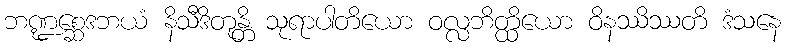
ဘဏ္ဍစ္ဆေဒဘယံ နိသီဒိတုန္တိ သုရာပါတိယော ဝလ္လဘိတ္ထိယော ဝိနဿိဿတိ ဒံသနေ